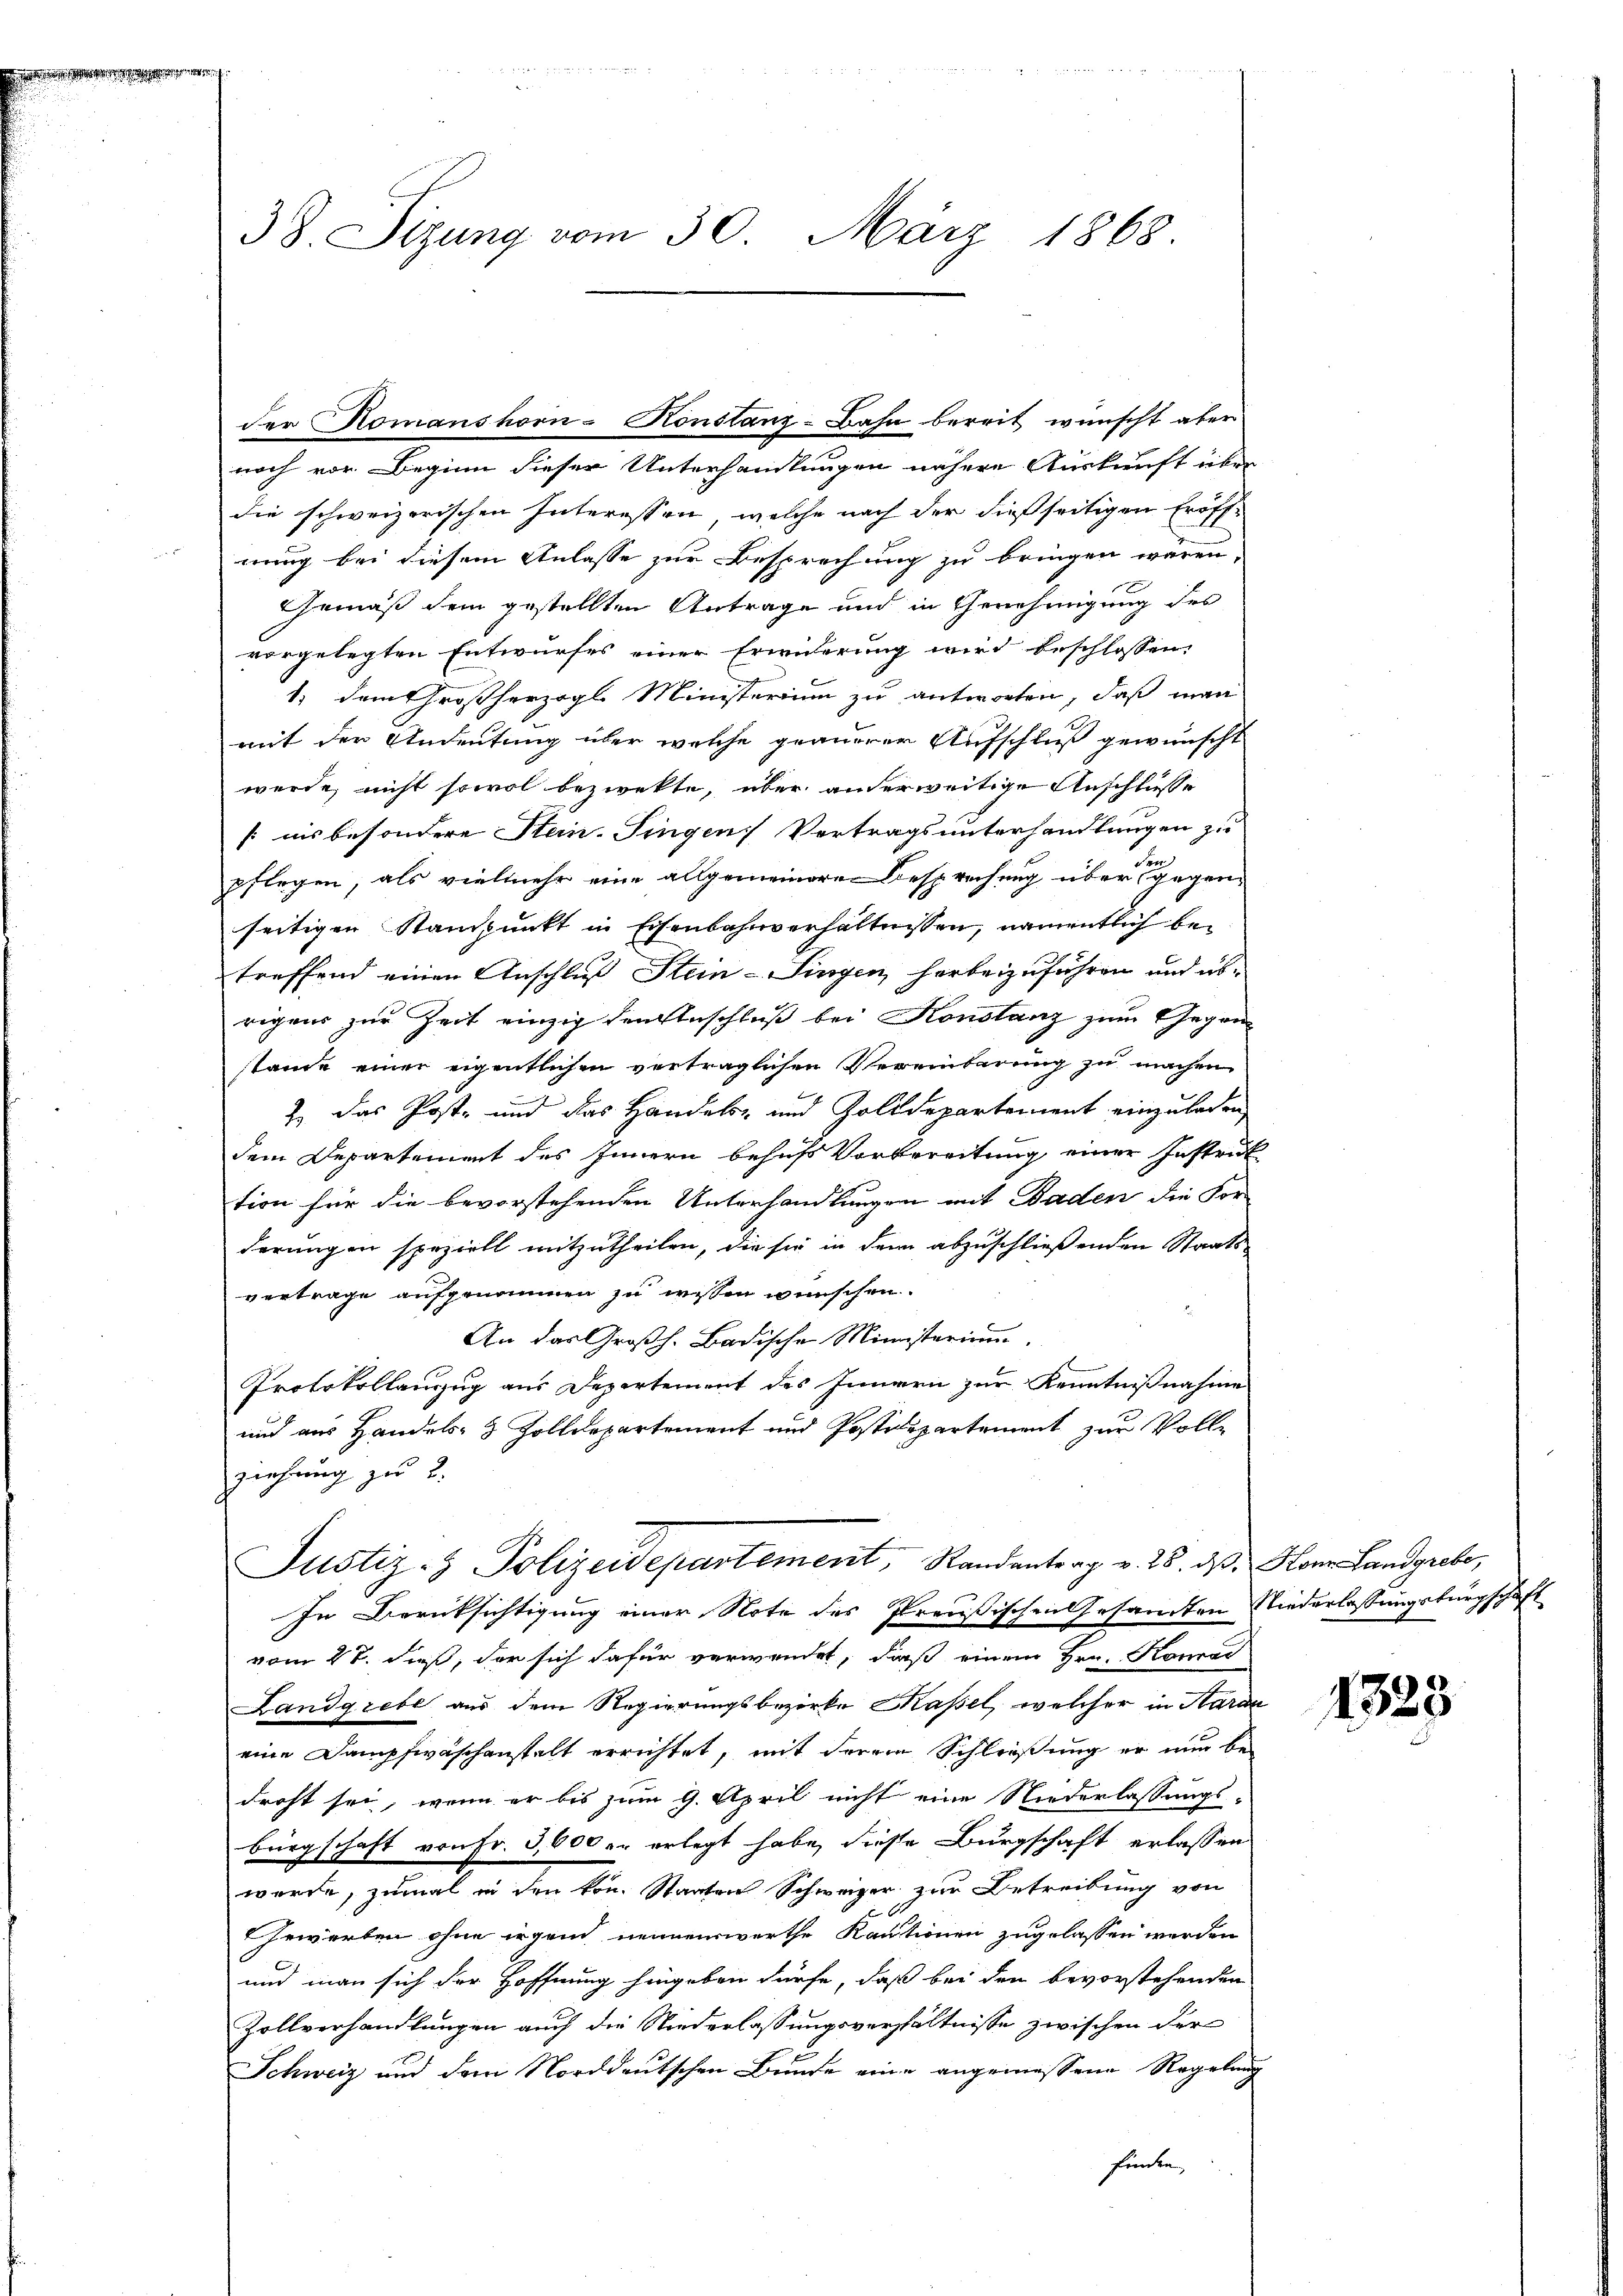
38. Sizung vom 30. März 1868.

noch vor Beginn dieser Unterhandlungen nähere Auskunft über
die schweizerischen Interessen, welche nach der dießseitigen Eröffnung bei diesem Anlasse zur Besprechung zu bringen wären,
Gemäß dem gestellten Antrage und in Genehmigung des
vorgelegten Entwurfes einer Erwiderung wird beschlossen,
1. dem Großherzogl. Ministerium zu antworten, daß man
mit der Andeutung über welche grauerer Aufschluß gewünscht
werde, nicht sowol bezwekte, über anderweitige Anschlusse
fnis besondere Stein. Singen Vertragsunterhandlungen zu
pflegen, als vielmehr eine allgemeineren Besprechung über gegenseitigen Standpunkt in Eisenbahnverhältnissen, namentlich betreffend einen Anschluß Stein - Singen herbeizuführen und übrigens zur Zeit einzig den Anschluß bei Konstanz zum Gegenstande einer eigentlichen verträglichen Vereinbarung zu machen
2. Das Post- und das Handels- und Zolldepartement einzuladen,
dem Departement des Innern behufs Vorbereitung einer Instruk
tion für die bevorstehenden Unterhandlungen mit Baden die Vor-
derungen speziell mitzutheilen, die sie in dem abzuschließenden Staatsvertrage aufgenommen zu wissen wünschen.
An das Großh. Badische Ministerium
Protokollauszug aus Departement des Innern zur Kenntnißnahme
und aus Handels- & Zolldepartement und Postidepartement zur Volle
ziehung zu 2.
Justiz- & Polizeidepartement, Randantrag v. 25. ds. Hon Landgrabe,
In Berücksichtigung einer Note des Preußischen Gesandten Niederlassungsbürgschaft
vom 27. dieß, der sich dafür verwendet, daß einem Hrn. Konrad
Landgrebe aus dem Regierungsbezirke Kassel, welcher in Haran
eine Dampfwaschenstalt errichtet, mit derem Schließung er nun bedroht sei, wenn er bis zum 9. April nicht eine Niederlassungs-
bürgschaft von Fr. 3,600 er erlegt habe, diese Burgschaft erlassen
werde, zumal in den kon. Staaten Schweizer zur Betreibung von
Gewerben ohne irgend nennenswerthe Kautionen zugelassen werden
und man sich der Hoffnung hingeben dürfe, daß bei den bevorstehenden
Zollverhandlungen auch die Niederlassungsverhältnisse zwischen der
Schweiz und dem Norddeutschen Bunde eine angemessene Regelung
finden,

der Komanshorn-Konstanz-Bahn bereit wünscht aber

1323